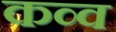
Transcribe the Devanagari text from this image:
कव्व